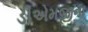
ડીએમજીના